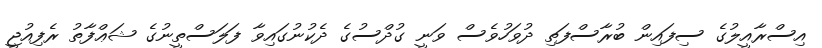
އިސްރާއީލުގެ ސިފައިން ބުރާސްފަތި ދުވަހުވެސް ވަނީ ގުދްސުގެ ދެކުނުގައިވާ ފަލަސްތީނުގެ ޝަޢްފާތު ރެފިއުޖީ